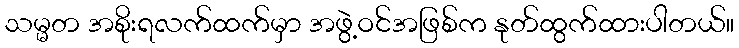
သမ္မတ အစိုးရလက်ထက်မှာ အဖွဲ့ဝင်အဖြစ်က နုတ်ထွက်ထားပါတယ်။